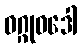
ဝဂ္ဂုဝဒေါ